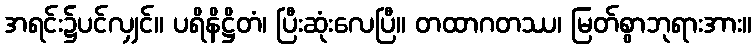
အရင်း၌ပင်လျှင်။ ပရိနိဋ္ဌိတံ၊ ပြီးဆုံးလေပြီ။ တထာဂတဿ၊ မြတ်စွာဘုရားအား။